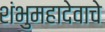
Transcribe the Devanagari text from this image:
शंभुमहादेवाचे